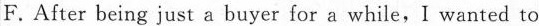
F.After being just a buyer for a while,I wanted to